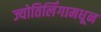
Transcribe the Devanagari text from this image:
ज्योतिर्लिंगामधून